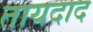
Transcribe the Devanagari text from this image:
तायदाद